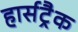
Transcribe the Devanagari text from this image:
हार्सट्रैक